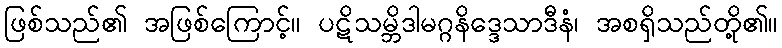
ဖြစ်သည်၏ အဖြစ်ကြောင့်။ ပဋိသမ္ဘိဒါမဂ္ဂနိဒ္ဒေသာဒီနံ၊ အစရှိသည်တို့၏။